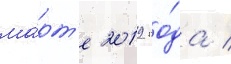
ма́рт'е 2019 го́да /